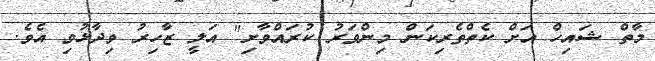
މާތް ޝައިހް އަށް ކެތްތެރިކަން މިންވަރު ކުރައްވާށި" އަލީ ޒާހިރު ވިދާޅުވި އެވެ.